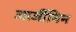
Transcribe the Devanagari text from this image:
आर्जीनिन